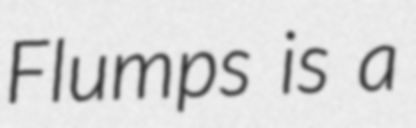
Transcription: Flumps is a